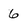
Character: 6